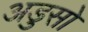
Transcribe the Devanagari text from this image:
अडुसो